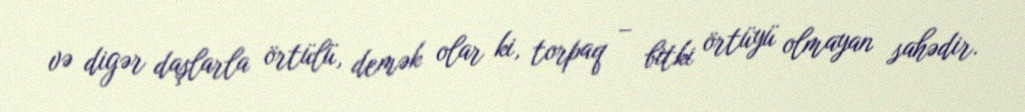
və digər daşlarla örtülü, demək olar ki, torpaq – bitki örtüyü olmayan sahədir.